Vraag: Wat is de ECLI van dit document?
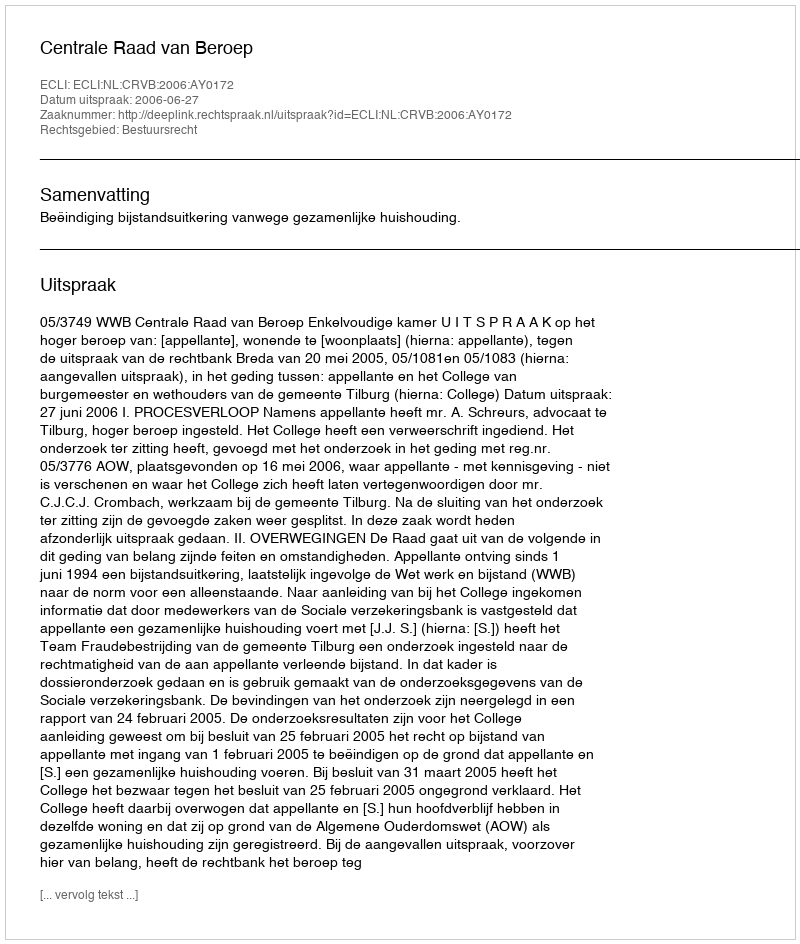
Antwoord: ECLI:NL:CRVB:2006:AY0172